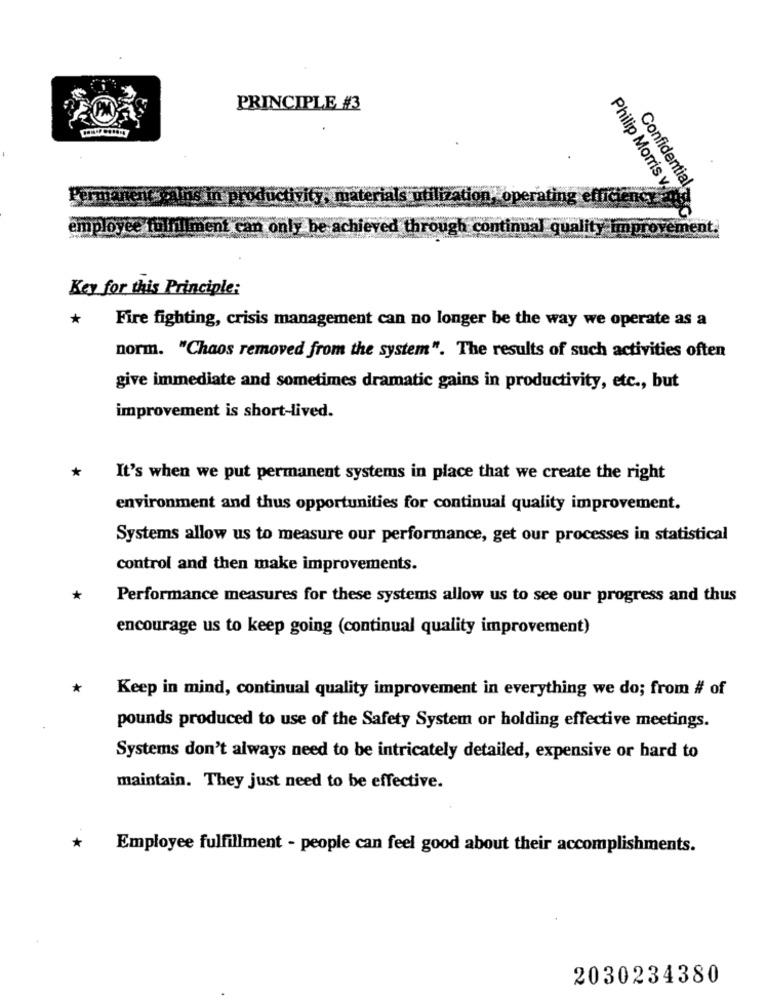
PRINCIPLE #3
Confidential
pains in proc
Philip Morris v.
employee fulfillment can only be achieved through
mal quality
improvement.
Key for this Principle:
*
Fire fighting, crisis management can no longer be the way we operate as a
norm. "Chaos removed from the system". The results of such activities often
give immediate and sometimes dramatic gains in productivity, etc ., but
improvement is short-lived.
*
It's when we put permanent systems in place that we create the right
environment and thus opportunities for continual quality improvement.
Systems allow us to measure our performance, get our processes in statistical
control and then make improvements.
*
Performance measures for these systems allow us to see our progress and thus
encourage us to keep going (continual quality improvement)
*
Keep in mind, continual quality improvement in everything we do; from # of
pounds produced to use of the Safety System or holding effective meetings.
Systems don't always need to be intricately detailed, expensive or hard to
maintain. They just need to be effective.
*
Employee fulfillment - people can feel good about their accomplishments.
2030234380